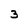
Character: 3